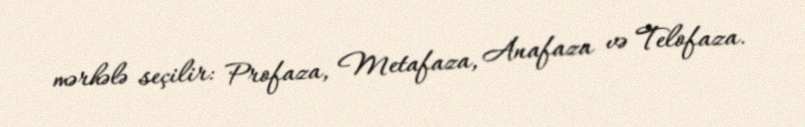
mərhələ seçilir: Profaza, Metafaza, Anafaza və Telofaza.